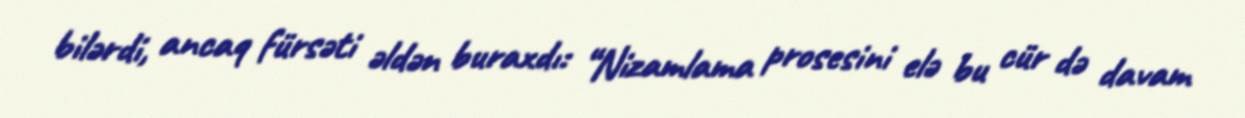
bilərdi, ancaq fürsəti əldən buraxdı: “Nizamlama prosesini elə bu cür də davam